Vaccination in the Punjab 1919-1929 - 1919-1929
Year: 1919
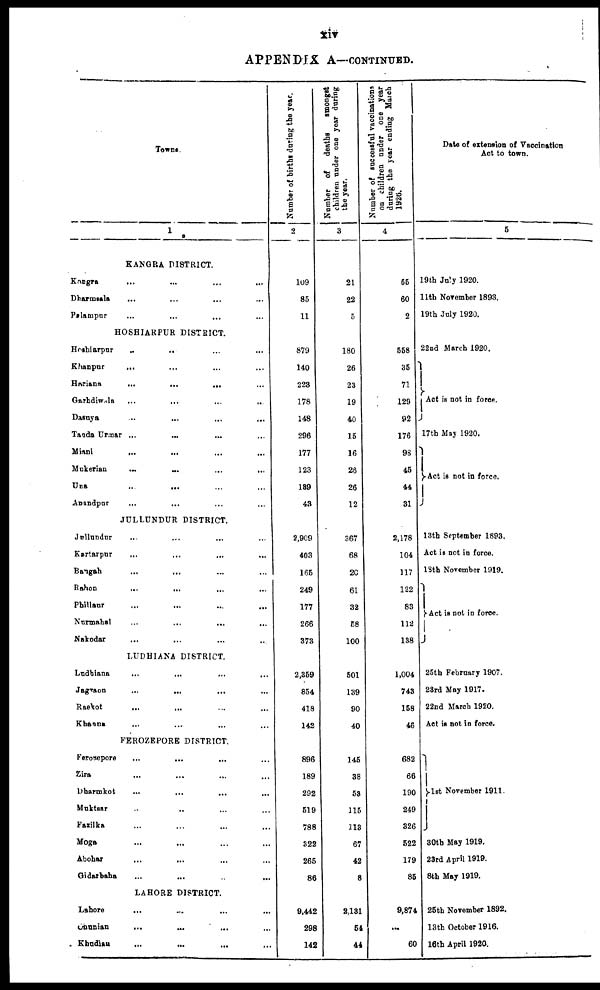
xiv
APPENDIX A—CONTINUED.
Towns.
1
KANGRA DISTRICT.
Kangra... ... ... ...
Dharmsala ... ... ... ...
Palampur...
...
...
...
HOSHIARPUR DISTRICT.
Hoshiarpur... ... ... ...
Khanpur... ... ... ...
Hariana... ... ...
Garhdiwala... ... ... ...
Dasuya... ... ... ...
Tanda Urmar ... ... ... ...
Miani... ... ... ...
Mukerian... ... ... ...
Una... ... ... ...
Anandpur... ... ... ...
JULLUNDUR DISTRICT.
Jullundur... ... ... ...
Kartarpur... ... ... ...
Bangah... ... ... ...
Rahon... ... ... ...
Phillaur... ... ... ...
Nurmahal... ... ... ...
Nakodar... ... ... ...
LUDHIANA DISTRICT.
Ludhiana... ... ... ...
Jagraon... ... ... ...
Raekot... ... ... ...
Khanus... ... ... ...
FEROZAPORE DISTRICT.
Ferozepore...
... ... ...
Zira... ... ... ...
Dharmkot... ... ... ...
Muktsar...
Fazilka... ... ... ...
Moga... ... ... ...
Abohar... ... ... ...
Gidarbaha... ... ... ...
LAHORE DISTRICT.
Lahore... ... ... ...
Chunian... ... ... ...
Khudian... ... ... ...
Number of births during the year.
2
109
85
11
879
140
223
178
148
296
177
123
139
43
2,909
403
165
249
177
266
373
2,359
854
418
142
896
189
292
519
788
322
265
86
9,442
298
142
Number of
deaths
amongst
children under one year during
the year.
3
21
22
5
180
26
23
19
40
15
16
26
26
12
367
68
20
61
32
58
100
501
139
90
40
145
38
53
115
118
67
42
8
2,131
54
44
Number of successful vaccinations
on children under one year
during the year ending March
1926.
4
66
60
2
558
35
71
129
92
176
98
45
44
31
2,178
104
117
122
83
112
138
1,004
743
158
46
682
66
190
249
826
522
179
85
9,874
...
60
Date of extension of Vaccination
Act to town.
5
19 th July 1920.
11th November 1893.
19th July 1920.
22nd March 1920.
Act is not in force.
17th May 1920.
Act is not in force.
13th September 1893.
Act is not in force.
18th November 1919.
Act is not in force.
25th February 1907.
23rd May 1917.
22nd March 1920.
Act is not in force.
1st November 1911.
30th May 1919.
23rd April 1919.
8th May 1919.
25th November 1892.
13th October 1916.
16th April 1920.